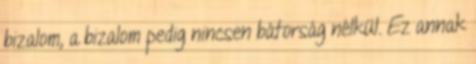
bizalom, a bizalom pedig nincsen bátorság nélkül. Ez annak